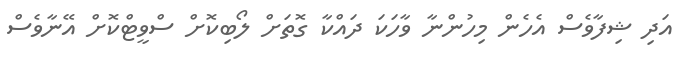
އަދި ޝިފާވެސް އެހެން މިހުންނާ ވާހަކަ ދައްކާ ގޮތަށް ލޯބިކޮށް ސްވީޓްކޮށް އޭނާވެސް